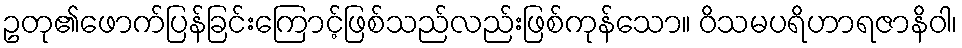
ဥတု၏ဖောက်ပြန်ခြင်းကြောင့်ဖြစ်သည်လည်းဖြစ်ကုန်သော။ ဝိသမပရိဟာရဇာနိဝါ၊